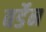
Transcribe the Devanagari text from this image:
बर्डेन